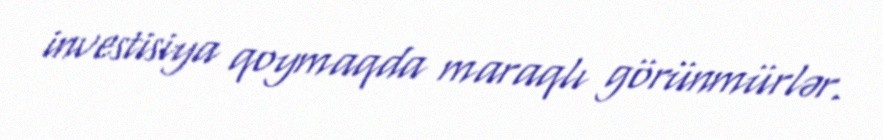
investisiya qoymaqda maraqlı görünmürlər.